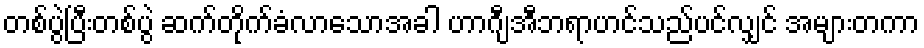
တစ်ပွဲပြီးတစ်ပွဲ ဆက်တိုက်ခံလာသောအခါ ဟာဂျီအီဘရာဟင်သည်ပင်လျှင် အများတကာ